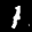
Label: 1